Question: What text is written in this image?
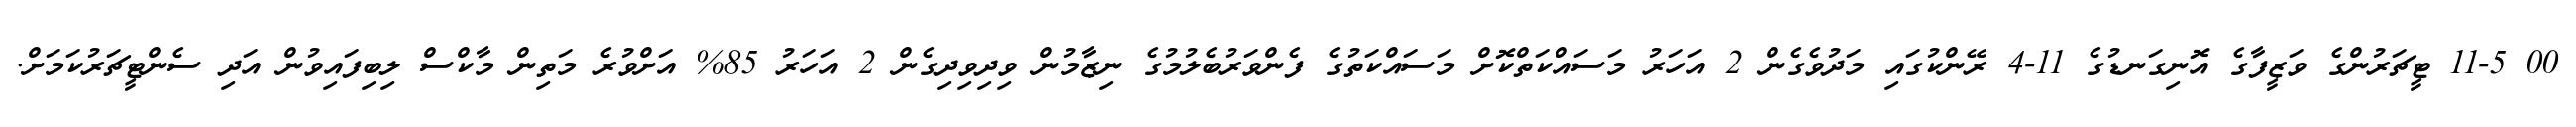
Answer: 00 11-5 ޓީޗަރުންގެ ވަޒީފާގެ އޮނިގަނޑުގެ 11-4 ރޭންކުގައި މަދުވެގެން 2 އަހަރު މަސައްކަތްކޮށް މަސައްކަތުގެ ފެންވަރުބެލުމުގެ ނިޒާމުން ވިދިވިދިގެން 2 އަހަރު 85% އަށްވުރެ މަތިން މާކްސް ލިބިފައިވުން އަދި ސެންޓީޗަރުކަމަށް.